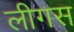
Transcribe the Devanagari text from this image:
लीगस